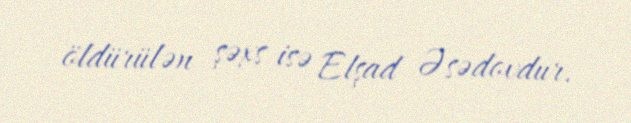
öldürülən şəxs isə Elşad Əsədovdur.